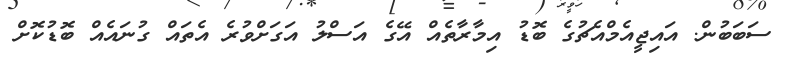
ސަބަބުން. އައިޖީއެމްއެޗުގެ ބޮޑު އިމާރާތެއް އޭގެ އަސްލު އަގަށްވުރެ އެތައް ގުނައެއް ބޮޑުކޮށް